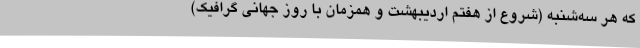
که هر سه‌شنبه (شروع از هفتم اردیبهشت و همزمان با روز جهانی گرافیک)